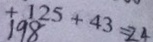
+ 1 2 5 + 4 3 = 2 4